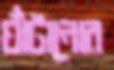
ঘাঁটানোর